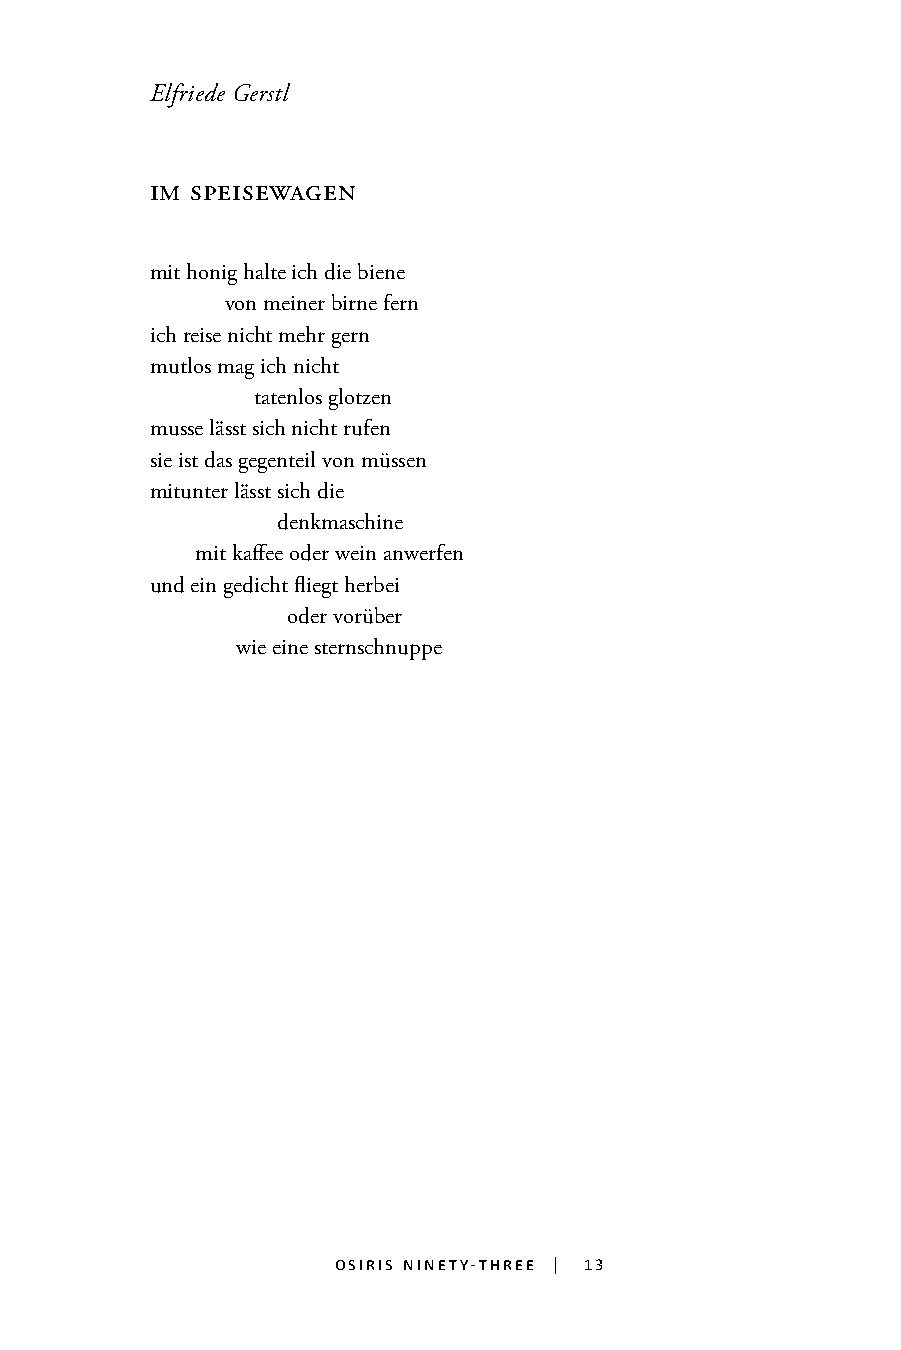
Elfriede Gerstl
 im speisewagen
 mit honig halte ich die biene
 von meiner birne fern
 ich reise nicht mehr gern
 mutlos mag ich nicht
 tatenlos glotzen
 musse lässt sich nicht rufen
 sie ist das gegenteil von müssen
 mitunter lässt sich die
 denkmaschine
 mit kaffee oder wein anwerfen
 und ein gedicht fliegt herbei
 oder vorüber                               13
 wie eine sternschnuppe
 osiris ninety-three | 13